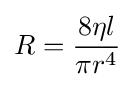
R={\frac {8\eta l}{\pi r^{4}}}